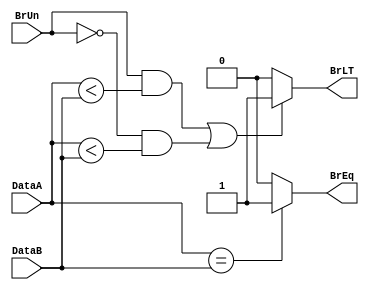
`timescale 1ns / 1ps
//////////////////////////////////////////////////////////////////////////////////
// Company: 
// Engineer: 
// 
// Design Name: 
// Module Name: branch_comp
// Project Name: 
// Target Devices: 
// Tool Versions: 
// Description: 
// 
// Dependencies: 
// 
// Revision:
// Revision 0.01 - File Created
// Additional Comments:
// 
//////////////////////////////////////////////////////////////////////////////////


module branch_comp(DataA,DataB,BrUn,BrLT,BrEq);
input BrUn;
input [31:0] DataA,DataB;
output BrLT;
output BrEq;

//wire [31:0] u_DataA,u_DataB;
//assign u_DataA = (~(DataA)) + 32'd1;
//assign u_DataB = (~(DataB)) + 32'd1;

assign BrEq = (DataA == DataB) ? 1'b1 : 1'b0;
assign BrLT = (((BrUn == 1) && (DataA < DataB)) || ((BrUn == 0) && ($signed(DataA) < $signed(DataB)))) ? 1'b1 : 1'b0;



endmodule